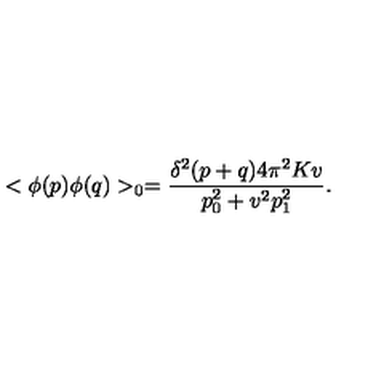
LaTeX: < \phi ( p ) \phi ( q ) > _ { 0 } = \frac { \delta ^ { 2 } ( p + q ) 4 \pi ^ { 2 } K v } { p _ { 0 } ^ { 2 } + v ^ { 2 } p _ { 1 } ^ { 2 } } .